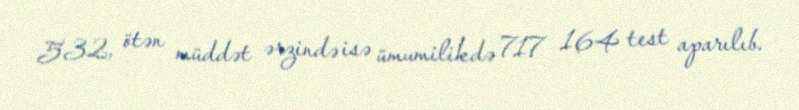
532, ötən müddət ərzində isə ümumilikdə 717 164 test aparılıb.